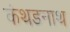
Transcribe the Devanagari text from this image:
कंथडनाथ